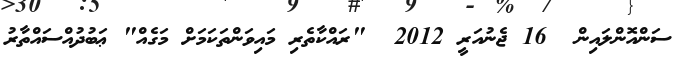
ސަންއޮންލައިން  16 ޖެނުއަރީ 2012  "ރައްކާތެރި މައިވަންތަކަމަށް މަގެއް" ޢަބުދުއްސައްތާރު